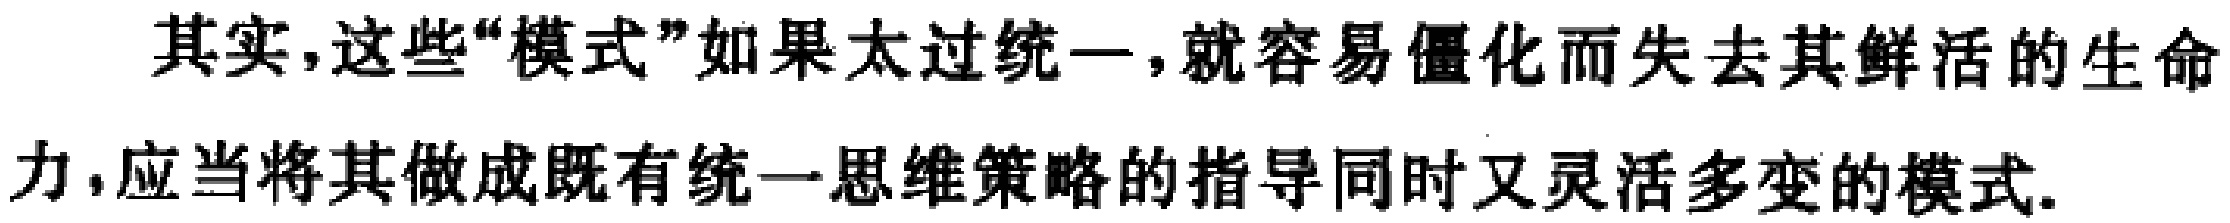
其实,这些“模式”如果太过统一,就容易僵化而失去其鲜活的生命力,应当将其做成既有统一思维策略的指导同时又灵活多变的模式.